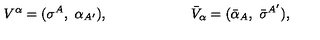
V ^ { \alpha } = ( \sigma ^ { A } , \ \alpha _ { A ^ { \prime } } ) , \qquad \qquad \qquad { \bar { V } } _ { \alpha } = ( { \bar { \alpha } _ { A } } , \ { \bar { \sigma } } ^ { A ^ { \prime } } ) ,